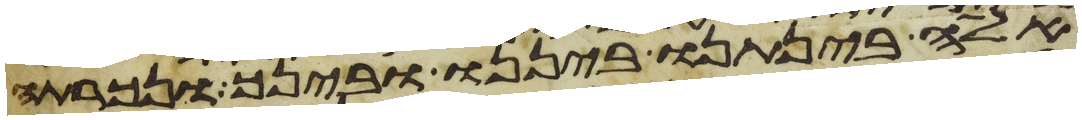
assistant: אלה בינתנו ביננו ובינך ונכרתה